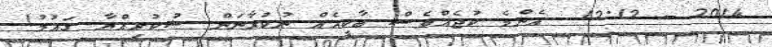
2014 - 12:12  އެންމެ ކުޖެއްވެސް ބާކީއެއް ނުކުރާނަން ޝުކުރިއްޔާ ގައުމު!